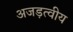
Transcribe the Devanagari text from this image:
अजड़त्वीय